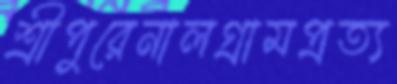
শ্রীপুরেনালগ্রামপ্রত্য